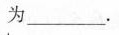
为_________.